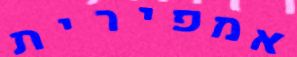
אמפירית